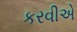
કરવીએ